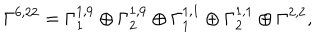
\Gamma ^ { 6 , 2 2 } = \Gamma _ { 1 } ^ { 1 , 9 } \oplus \Gamma _ { 2 } ^ { 1 , 9 } \oplus \Gamma _ { 1 } ^ { 1 , 1 } \oplus \Gamma _ { 2 } ^ { 1 , 1 } \oplus \Gamma ^ { 2 , 2 } ,